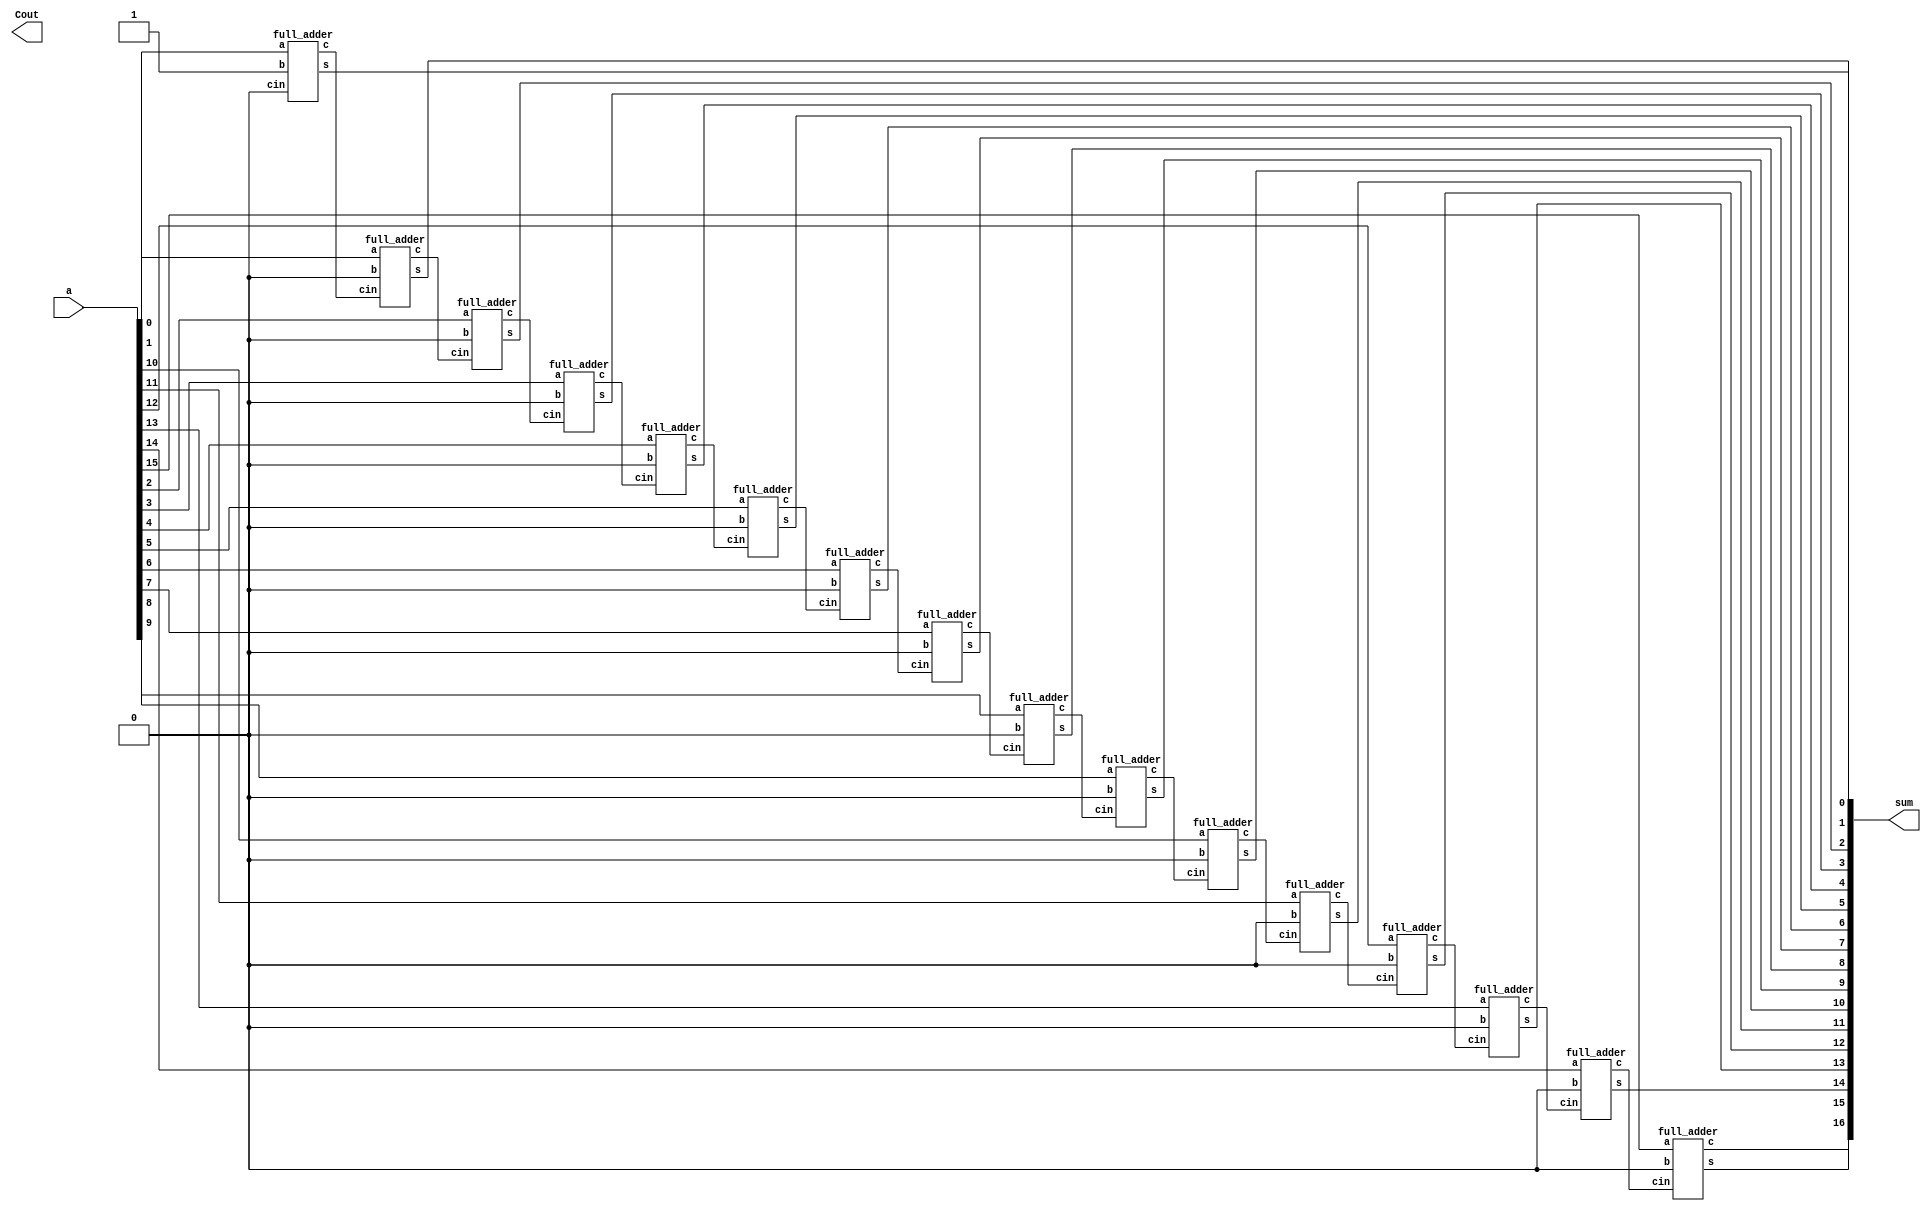
module incrementer16bit(
    input [15:0]a,
    output [16:0]sum,
    output Cout
);
    
  wire c0,c1,c2,c3,c4,c5,c6,c7,c8,c9,c10,c11,c12,c13,c14;
 
  full_adder FA0(a[0], 1'b1,1'b0, sum[0], c0);
  full_adder FA1(a[1], 1'b0, c0, sum[1], c1);
  full_adder FA2(a[2], 1'b0, c1, sum[2], c2);
  full_adder FA3(a[3], 1'b0, c2, sum[3], c3);
  full_adder FA4(a[4], 1'b0, c3, sum[4], c4);
  full_adder FA5(a[5], 1'b0, c4, sum[5], c5);
  full_adder FA6(a[6], 1'b0, c5, sum[6], c6);
  full_adder FA7(a[7], 1'b0, c6, sum[7], c7);
  full_adder FA8(a[8], 1'b0, c7, sum[8], c8);
  full_adder FA9(a[9], 1'b0, c8, sum[9], c9);
  full_adder FA10(a[10], 1'b0,c9, sum[10], c10);
  full_adder FA11(a[11], 1'b0, c10, sum[11], c11);
  full_adder FA12(a[12], 1'b0, c11, sum[12], c12);
  full_adder FA13(a[13], 1'b0, c12, sum[13], c13);
  full_adder FA14(a[14], 1'b0, c13, sum[14], c14);
  full_adder FA15(a[15], 1'b0, c14, sum[15], sum[16]);

endmodule

module full_adder(
    input a,b,cin,
    output s,c
);
    half_adder h1(a,b,s1,c1);
    half_adder h2(s1,cin,s,c2);
    or_gate o1(c1,c2,c);
    
endmodule

module half_adder(
    input a,b,
    output s,c
);
    xor_gate x1(a,b,s);
    and_gate a1(a,b,c);
    
endmodule

module and_gate(
    input a,b,
    output ab
);
    wire abbar;
    
    nand(abbar,a,b);
    nand(ab,abbar,abbar);
    
endmodule

module or_gate(
    input a,b,
    output ab
);
    wire abar,bbar;
    
    nand(abar,a,a);
    nand(bbar,b,b);
    nand(ab,abar,bbar);
    
endmodule

module xor_gate(
    input a,b,
    output c
);
    wire w1,w2,w3;
    
    nand(w1,a,b);
    nand(w2,a,w1);
    nand(w3,b,w1);
    nand(c,w2,w3);
    
endmodule


module incrementer16bit_test();
  reg [15:0] a;
  wire [16:0] sum;
 
  incrementer16bit a1(.a(a),.sum(sum));
  integer count;
 
  initial begin
 
	for(count=0;count<65536;count=count+1)
  	begin
    	{a}=count;
    	#20;
  	end
  end

endmodule